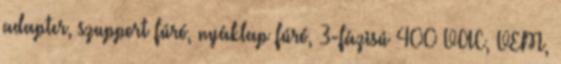
adapter, szupport fúró, nyáklap fúró, 3-fázisú 400 VAC, VEM,